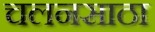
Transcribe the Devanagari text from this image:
चलनसाठा